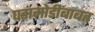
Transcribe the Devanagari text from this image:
घडामोडींबाबत